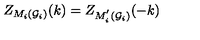
Z _ { M _ { i } ( { \cal G } _ { i } { \cal ) } } ( k ) = Z _ { M _ { i } ^ { ^ { \prime } } ( { \cal G } _ { i } { \cal ) } } ( - k )